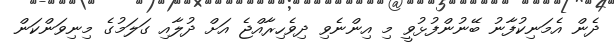
ދެން އެމަނިކުފާނު ބޭނުންފުޅުވީ މި އިންނެވި ދިވެހިރާއްޖެ އަށް ދުލާއި ގަލަމުގެ މިނިވަންކަން